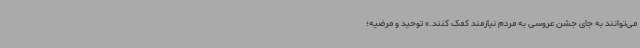
می‌توانند به‌ جای جشن عروسی به مردم نیازمند کمک کنند.» توحید و مرضیه؛